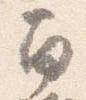
南